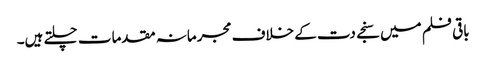
باقی فلم میں سنجے دت کے خلاف مجرمانہ مقدمات چلتے ہیں۔